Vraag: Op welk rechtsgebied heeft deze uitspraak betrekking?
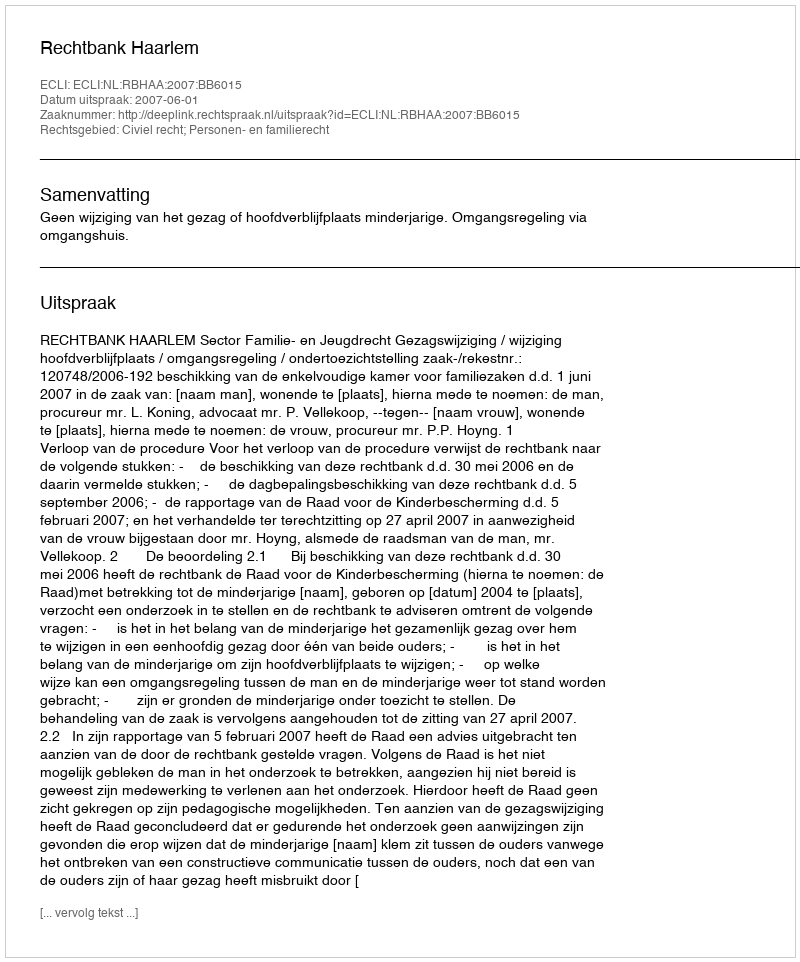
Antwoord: Civiel recht; Personen- en familierecht